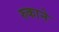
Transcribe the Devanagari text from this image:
रुकाने